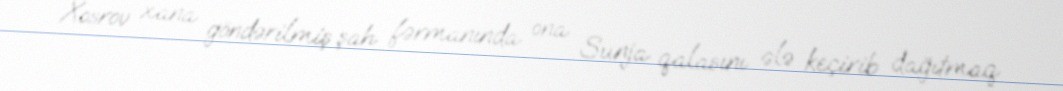
Xosrov xana göndərilmiş şah fərmanında ona Sunja qalasını ələ keçirib dağıtmaq